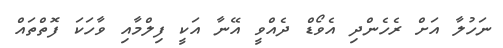
ނަހުލާ އަށް ރެހެންދި އެވޯޑް ދެއްވީ އޭނާ އަކީ ފިލްމާއި ވާހަކަ ފޮތްތައް